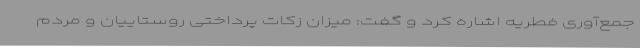
جمع‌آوری فطریه اشاره کرد و گفت: میزان زکات پرداختی روستاییان و مردم